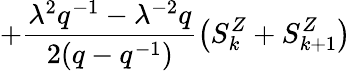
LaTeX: +\frac{{\lambda}^{2}q^{-1}-{\lambda}^{-2}q}{2(q-q^{-1})}\left(S_{k}^{Z}+S_{k+1}^{Z}\right)\,